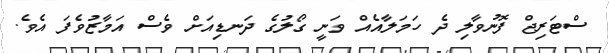
ސްޓަރިޖް ފޮނުވާލި ދެ ހަމަލާއެއް ވަނީ ގޯލުގެ ދަނޑިއަށް ވެސް އަމާޒުވެފަ އެވެ.